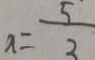
x = \frac { 5 } { 3 }